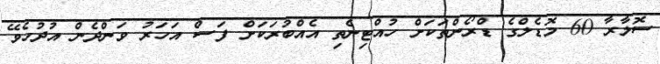
ސޮލާރާ 60 މޮޑެލްގެ ޑްރޯންތަކަށް ހުއްޓިނެތި އެއްބުރަކަށް ފަސް އަހަރު ވަންދެން އުދުހެވޭ